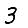
Digit: 3